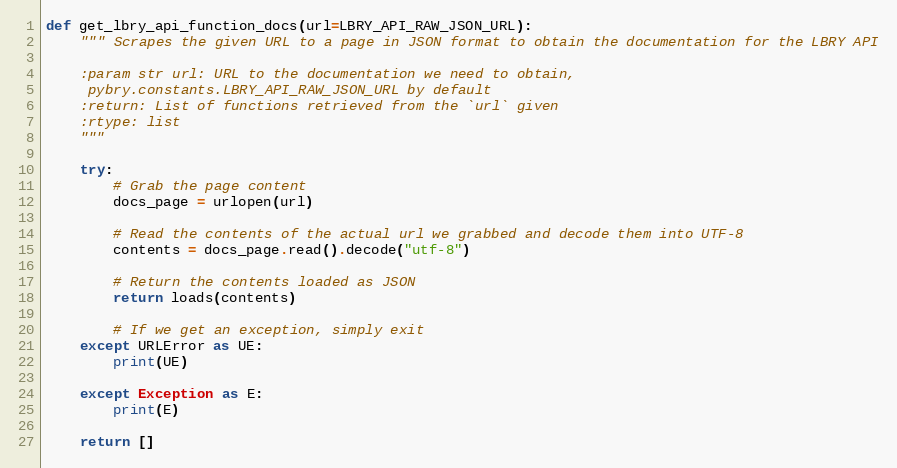
Language: Python
def get_lbry_api_function_docs(url=LBRY_API_RAW_JSON_URL):
    """ Scrapes the given URL to a page in JSON format to obtain the documentation for the LBRY API

    :param str url: URL to the documentation we need to obtain,
     pybry.constants.LBRY_API_RAW_JSON_URL by default
    :return: List of functions retrieved from the `url` given
    :rtype: list
    """

    try:
        # Grab the page content
        docs_page = urlopen(url)

        # Read the contents of the actual url we grabbed and decode them into UTF-8
        contents = docs_page.read().decode("utf-8")

        # Return the contents loaded as JSON
        return loads(contents)

        # If we get an exception, simply exit
    except URLError as UE:
        print(UE)

    except Exception as E:
        print(E)

    return []